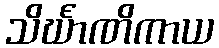
သိင်္ဃာဏိကာယ